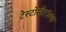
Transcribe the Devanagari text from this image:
टेस्टोस्टेरॉनचा